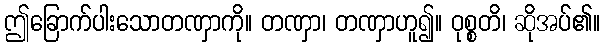
ဤခြောက်ပါးသောတဏှာကို။ တဏှာ၊ တဏှာဟူ၍။ ဝုစ္စတိ၊ ဆိုအပ်၏။